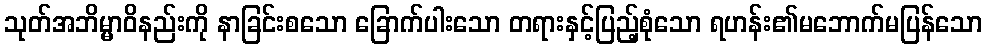
သုတ်အဘိမ္မာဝိနည်းကို နာခြင်းစသော ခြောက်ပါးသော တရားနှင့်ပြည့်စုံသော ရဟန်း၏မဘောက်မပြန်သော